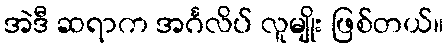
အဲဒီ ဆရာက အင်္ဂလိပ် လူမျိုး ဖြစ်တယ်။